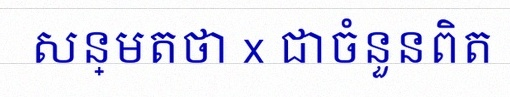
សន្មតថា x ជាចំនួនពិត